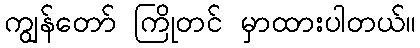
ကျွန်တော် ကြိုတင် မှာထားပါတယ်။